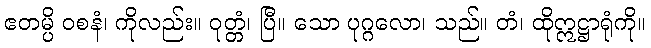
ဧတမ္ပိ ဝစနံ၊ ကိုလည်း။ ဝုတ္တံ၊ ပြီ။ သော ပုဂ္ဂလော၊ သည်။ တံ၊ ထိုဣဋ္ဌာရုံကို။